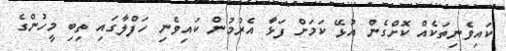
ކައިވެނިތަކެއް ކޮށްގެން އުޅޭ ކަމަށް ފަޅާ އެރުމުން ކައިވެނި ހަފްލާގައި ތިބި މީހުންގެ